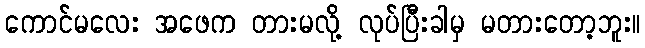
ကောင်မလေး အဖေက တားမလို့ လုပ်ပြီးခါမှ မတားတော့ဘူး။